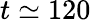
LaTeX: t\simeq 120